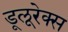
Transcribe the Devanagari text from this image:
डूलूरेक्स